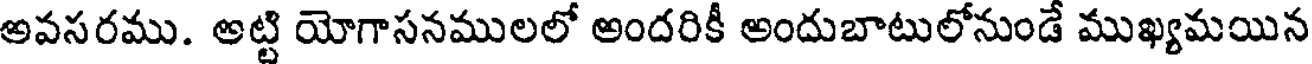
అవసరము. అట్టి యోగాసనములలో అందరికీ అందుబాటులోనుండే ముఖ్యమయిన